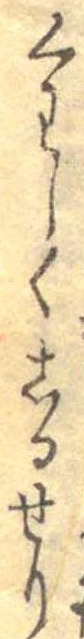
くわしくしるせり